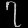
Digit: ၇